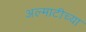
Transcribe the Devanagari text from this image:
अल्माटीच्या